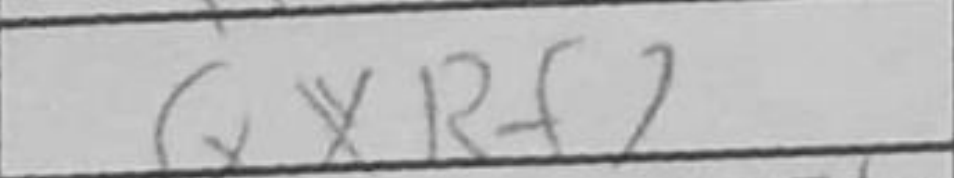
Transcription: QxRf2